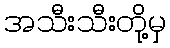
အသီးသီးတို့မှ